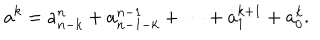
a ^ { k } = a _ { n - k } ^ { n } + a _ { n - 1 - k } ^ { n - 1 } + \dots + a _ { 1 } ^ { k + 1 } + a _ { 0 } ^ { k } .